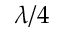
\lambda / 4